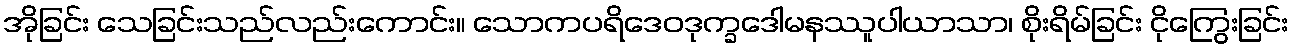
အိုခြင်း သေခြင်းသည်လည်းကောင်း။ သောကပရိဒေဝဒုက္ခဒေါမနဿူပါယာသာ၊ စိုးရိမ်ခြင်း ငိုကြွေးခြင်း